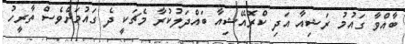
ބާއްވާ ގައުމު ރަޝިއާ އަދި ކްރޮއޭޝިއާ ބައްދަލުކުރާ މެޗަކީ ދެ ގައުމަށްވެސް ތާރީހު